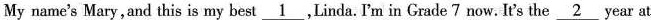
My name's Mary,and this is my best \underline{1},Linda. I'm in Grade 7 now. It's the\underline{2}year at